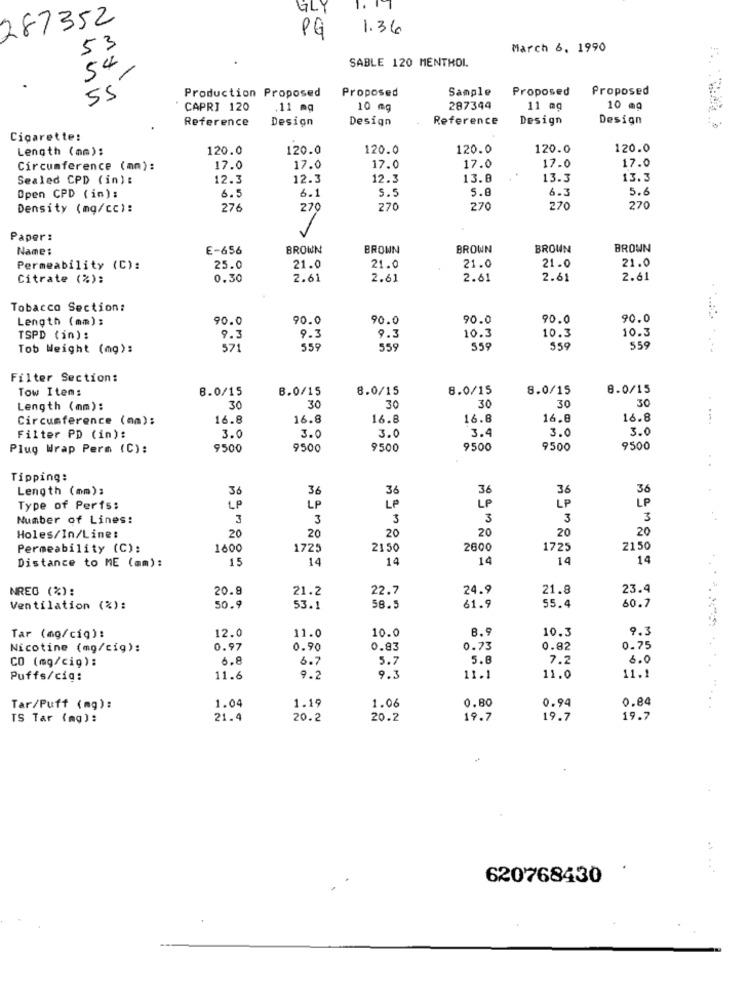
GLY
287352
1.36
53
PG
March 6. 1990
54
SABLE 120 MENTHOL
55
Proposed
Sample
Proposed
Proposed
Production Proposed
CAPRI 120
11 mg
10 mg
287344
11 mg
10 mg
Reference
Design
Design
Reference
Design
Design
Cigarette:
Length (mm):
120.0
120.0
120.0
120.0
120.0
120.0
17.0
Circumference (mm):
17.0
17.0
17.0
17.0
17.0
Sealed CPD (in):
12.3
12.3
12.3
13.0
13.3
13.3
6.1
5.6
6.3
5.6
Open CPD (im):
6.5
5.5
Density (mg/cc):
276
27
270
270
270
270
Paper :
Name:
E-656
BROWN
BROWN
BROWN
BROUN
BROWN
21.0
Permeability (C):
25.0
21.0
21.0
21.0
21.0
Citrate (%):
0.30
2.61
2.61
2.61
2.61
2.61
Tobacco Section:
Length (mm):
90.0
90.0
90.0
90.0
90.0
90.0
10.3
TSPD (in) :
9.3
9.3
9.3
10.3
10.3
Tob Weight (mg):
57
559
559
559
559
559
Filter Section:
Tow Items
8.0/15
8.0/15
8.0/15
8.0/15
8.0/15
8.0/15
30
Length (mm):
30
30
30
30
30
Circumference (mm);
16.8
16.8
16.8
16.8
16.8
16.8
3.4
3.0
3.6
Filter PD (in):
3.0
3.0
3.0
Plug Wrap Perm (C):
9500
9500
9500
9500
9500
9500
Tipping:
Length (mm);
36
36
36
36
36
36
LP
LP
Type of Perfs:
LP
LP
LP
LP
Number of Lines:
3
3
3
3
3
3
20
20
20
20
Holes/In/Line:
20
20
Permeability (C):
1600
1725
2150
2600
1725
2150
Distance to ME (am):
15
14
14
14
14
14
NREG (%):
20.9
21.2
22.7
24.9
21.8
23.4
Ventilation (%):
50.9
53.1
58.5
61.9
55.4
60.7
12.0
11.0
10.3
9.3
Tar (mg/ciq):
10.0
8.9
Nicotine (mg/cig):
0.97
0.90
0.83
0.73
0.82
0.75
CO (mg/cig):
6.8
6.7
5.7
5.8
7.2
6.0
Puffs/cia:
11.6
9.2
9.3
11.1
11.0
11.1
0.80
0.94
Tar/Puff (mg):
1.04
1.19
1.06
0.84
TS Tar (mg):
21.4
20.2
20.2
19.7
19.7
19.7
620768430